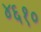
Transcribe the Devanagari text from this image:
४६१०